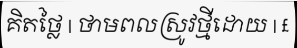
គិតថ្លៃ | ថាមពលស្រូវថ្មីដោយ | £